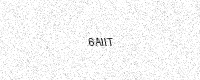
Text: 6AIIT